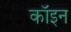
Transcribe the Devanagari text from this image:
कॉइन